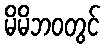
မိမိဘဝတွင်